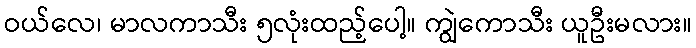
ဝယ်လေ၊ မာလကာသီး ၅လုံးထည့်ပေါ့။ ကျွဲကောသီး ယူဦးမလား။